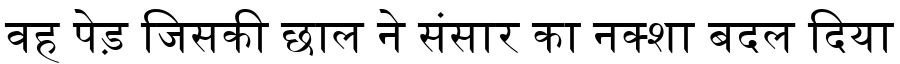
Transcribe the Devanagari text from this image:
वह पेड़ जिसकी छाल ने संसार का नक्शा बदल दिया